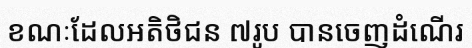
ខណៈដែលអតិថិជន ៧រូប បានចេញដំណើរ